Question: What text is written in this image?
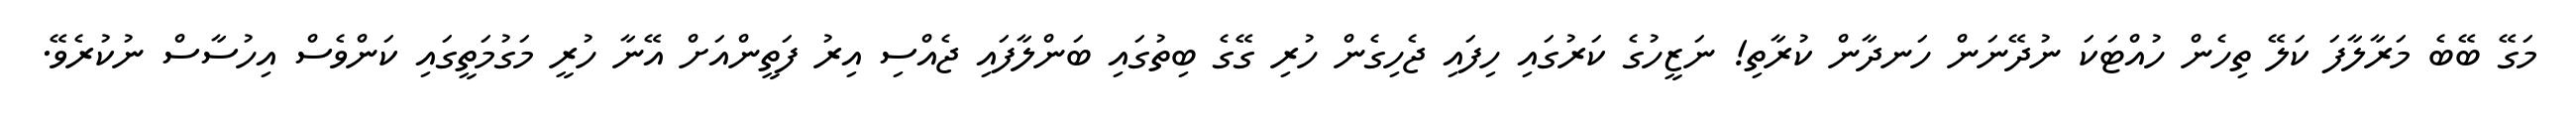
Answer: މަގޭ ބޭބެ މަރާލާފަ ކަލޭ ތިހެން ހުއްޓަކަ ނުދޭނަން ހަނދާން ކުރާތި! ނަޒީހުގެ ކަރުގައި ހިފައި ޖެހިގެން ހުރި ގޭގެ ބިތުގައި ބަންލާފައި ޖެއްސި އިރު ފަތީންއަށް އޭނާ ހުރީ މަގުމަތީގައި ކަންވެސް އިހުސާސް ނުކުރެވޭ.